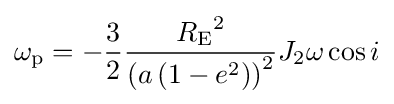
\omega _{\mathrm {p} }=-{\frac {3}{2}}{\frac {{R_{\mathrm {E} }}^{2}}{\left(a\left(1-e^{2}\right)\right)^{2}}}J_{2}\omega \cos i